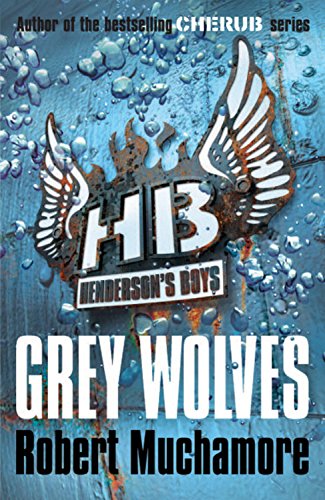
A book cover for Grey Wolves (Henderson's Boys); Robert Muchamore; Teen & Young Adult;